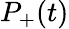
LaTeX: P_{+}(t)